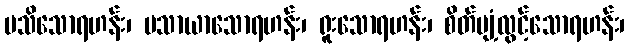
မသိသောရဟန်း၊ မသာယာသောရဟန်း၊ ရူးသောရဟန်း၊ စိတ်ပျံ့လွင့်သောရဟန်း၊